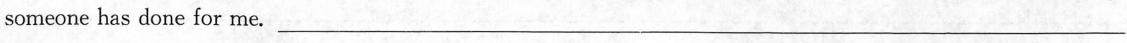
someone has done for me. ___